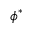
\phi ^ { * }